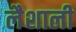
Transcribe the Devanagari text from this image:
लैशाली